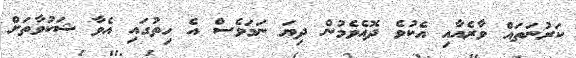
ކަރުނަތައް ވާރެއާއި އެކުވެ ދޮއެވެމުން ދިޔަ ނަމަވެސް އެ ހިތުގައި އެވާ ޝަކުވާތަށް